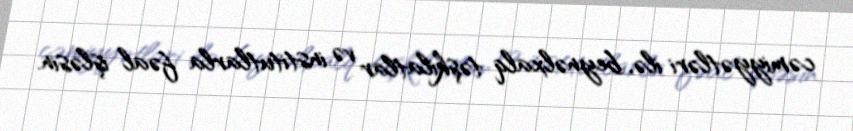
cəmiyyətləri ilə, beynəlxalq təşkilatlar və institutlarla fəal işləsin.